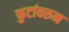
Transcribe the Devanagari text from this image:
फुटांवरुन